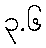
၃.၆